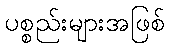
ပစ္စည်းများအဖြစ်